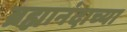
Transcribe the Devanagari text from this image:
ब्रह्मानंदाच्या